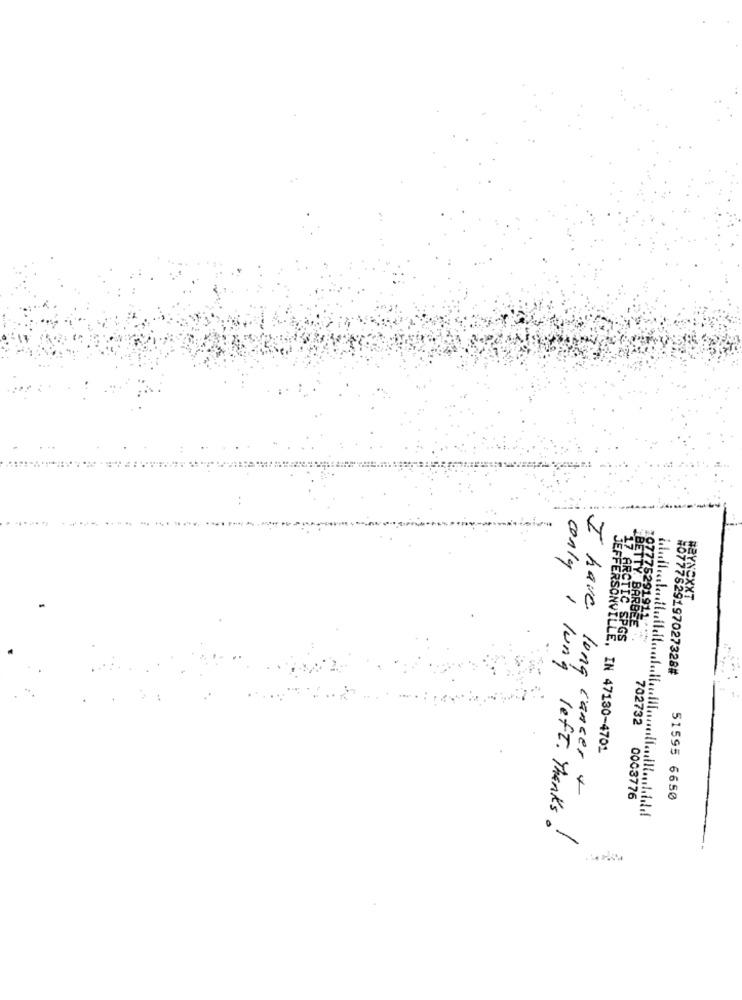
conly
HEYNEXXT
I have
17 ARCTIC SPGS
PRETTY BARESE .
1 lung
#0777829197027328#
702732
JEFFERSONVILLE, IN 47130-4701
lung cancer .
0003776
51595 6650
left. Thanks!